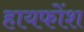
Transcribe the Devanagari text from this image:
हायफोंश